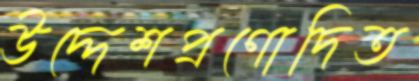
উদ্দেশপ্রণোদিত